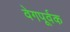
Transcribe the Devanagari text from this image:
वेगपूर्वक